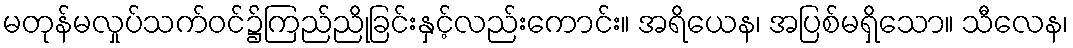
မတုန်မလှုပ်သက်ဝင်၌ကြည်ညိုခြင်းနှင့်လည်းကောင်း။ အရိယေန၊ အပြစ်မရှိသော။ သီလေန၊